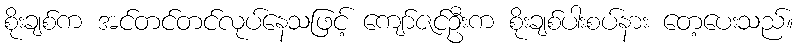
စိုးချစ်က အင်တင်တင်လုပ်နေသဖြင့် ကျော်ဇင်ဦးက စိုးချစ်ပါးစပ်နား တေ့ပေးသည်။